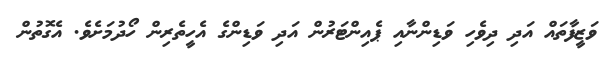
ވަޒީފާތައް އަދި ދިވެހި ވަޑިންނާއި ޕެއިންޓަރުން އަދި ވަޑިންގެ އެހީތެރިން ހޯދުމަށެވެ. އެގޮތުން